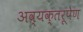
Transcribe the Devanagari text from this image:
अव्यक्तरूपेण